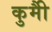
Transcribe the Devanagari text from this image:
कुर्मीै